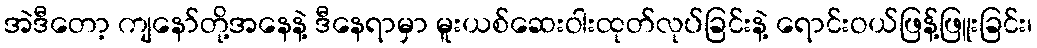
အဲဒီတော့ ကျနော်တို့အနေနဲ့ ဒီနေရာမှာ မူးယစ်ဆေးဝါးထုတ်လုပ်ခြင်းနဲ့ ရောင်းဝယ်ဖြန့်ဖြူးခြင်း၊